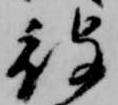
被